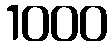
1000